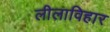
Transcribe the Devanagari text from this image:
लीलाविहार